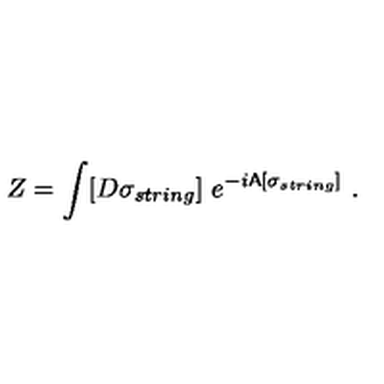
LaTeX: Z = \int [ D \sigma _ { s t r i n g } ] \ e ^ { - i { \sf A } [ \sigma _ { s t r i n g } ] } \ .